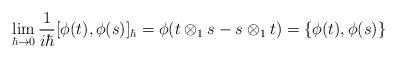
LaTeX: \begin{align*}\lim_{\hbar\to 0}\frac{1}{i\hbar}[\phi(t),\phi(s)]_\hbar =\phi(t\otimes_1 s-s\otimes_1 t)=\{\phi(t),\phi(s)\}\end{align*}